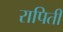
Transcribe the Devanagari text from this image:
रापिती